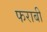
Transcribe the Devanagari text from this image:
फराबी